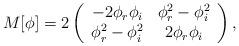
LaTeX: \begin{align*}M[\phi] = 2\left(\begin{array}{cc} -2\phi_r\phi_i & \phi_r^2 -\phi_i^2 \\ \phi_r^2 - \phi_i^2 & 2\phi_r \phi_i\end{array}\right),\end{align*}